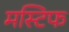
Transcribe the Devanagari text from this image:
मस्टिफ